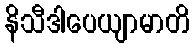
နိသီဒါပေယျာမာတိ